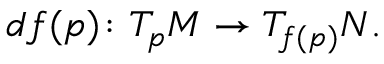
d f ( p ) \colon T _ { p } M \to T _ { f ( p ) } N .